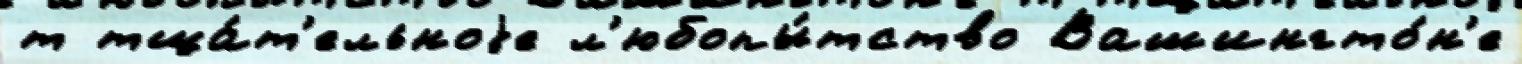
т тща́т'ельноjе л'юбопы́тство Вашингто́н'е